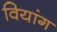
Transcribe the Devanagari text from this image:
वियांग